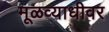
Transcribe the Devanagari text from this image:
मूळव्याधीवर